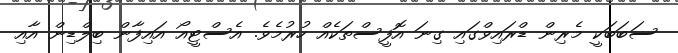
ސަބަބަކީ މެރިން ޑްރައިވްގައި ގިނަ އޮފީސްތަކެއް ހުރުމެވެ. އެސްޓީއޯ އައިފާން ބިލްޑިން އާއި